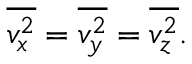
{ \overline { { v _ { x } ^ { 2 } } } } = { \overline { { v _ { y } ^ { 2 } } } } = { \overline { { v _ { z } ^ { 2 } } } } .